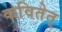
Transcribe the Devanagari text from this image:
कवितेत्